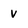
Character: v